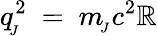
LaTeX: q_{\! _{J}}^{2}\ =\ m_{\! _{J}}c^{2}\mathbb{R}